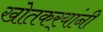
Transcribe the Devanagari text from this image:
खोतकर्‍यांनी